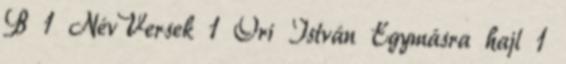
B 1 NévVersek 1 Őri István Egymásra hajl 1